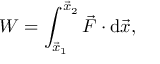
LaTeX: W = \int _ { { \vec { x } } _ { 1 } } ^ { { \vec { x } } _ { 2 } } { { \vec { F } } \cdot { \mathrm { d } { \vec { x } } } } ,